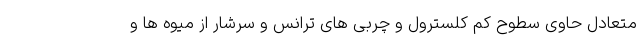
متعادل حاوی سطوح کم کلسترول و چربی های ترانس و سرشار از میوه ها و